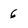
Character: 6